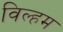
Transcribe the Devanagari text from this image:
विल्‍हम